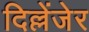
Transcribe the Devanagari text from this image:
दिल्लेंजेर